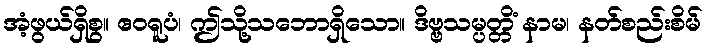
အံ့ဖွယ်ရှိစွ။ ဧဝရူပံ၊ ဤသို့သဘောရှိသော။ ဒိဗ္ဗသမ္ပတ္တိံ နာမ၊ နတ်စည်းစိမ်